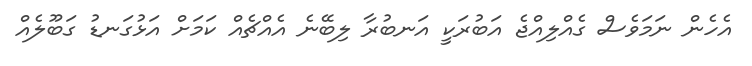
އެހެން ނަމަވެސް ގެއްލިއްޖެ އަބުރަކީ އަނބުރާ ލިބޭނެ އެއްޗެއް ކަމަށް އަޅުގަނޑު ގަބޫލެއް